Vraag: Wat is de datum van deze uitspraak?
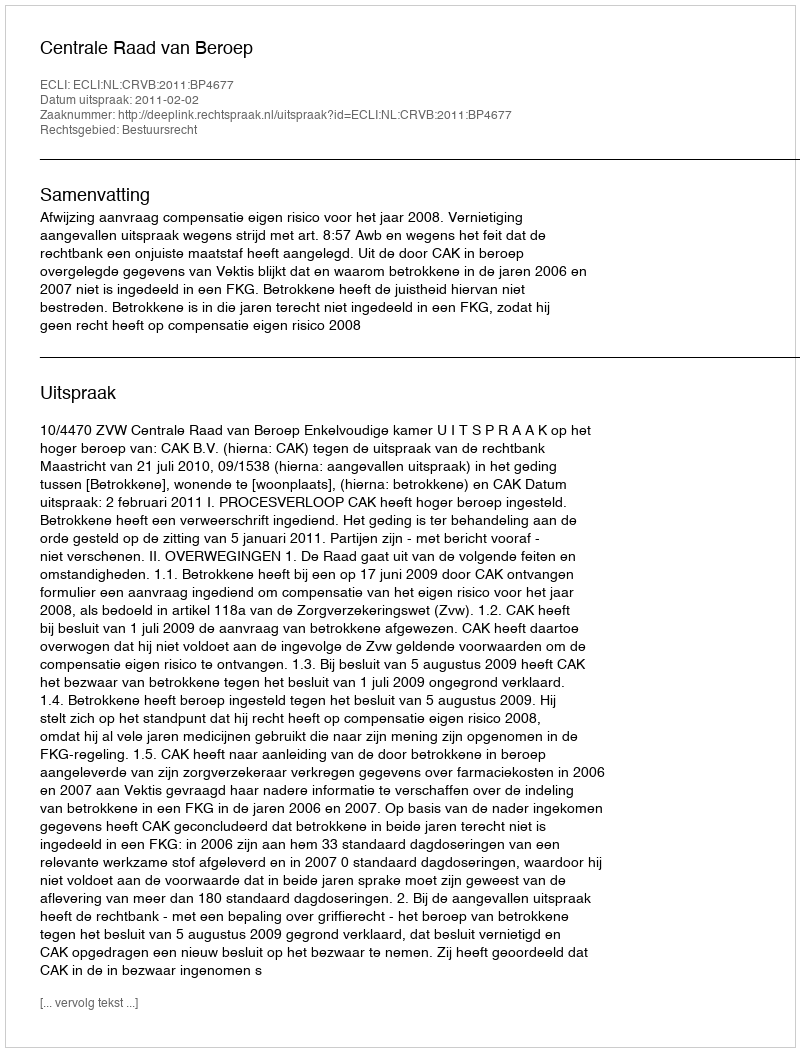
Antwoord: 2011-02-02